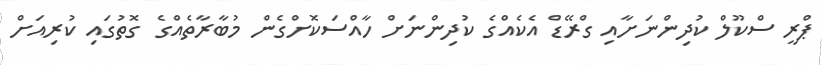
ޕްރީ ސްކޫލް ކުދިންނަށާއި ގްރޭޑް އެކެއްގެ ކުދިންނަށް ހާއްސަކޮށްގެން މުބާރާތެއްގެ ގޮތުގައި ކުރިއަށް